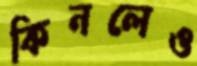
কিনলেও